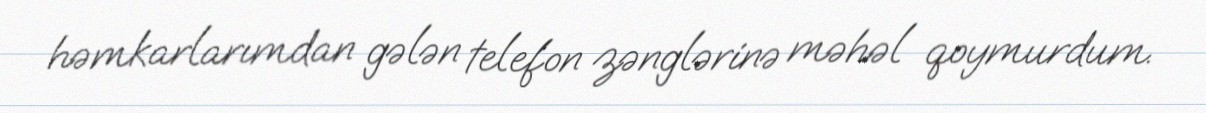
həmkarlarımdan gələn telefon zənglərinə məhəl qoymurdum.